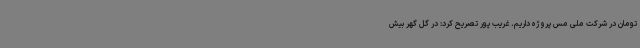
تومان در شرکت ملی مس پروژه داریم. غریب پور تصریح کرد: در گل گهر بیش